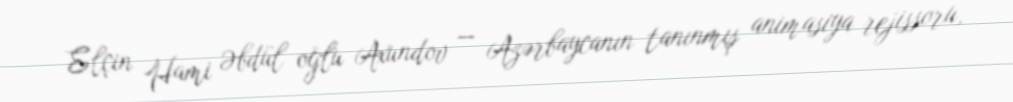
Elçin Hami Əbdül oğlu Axundov — Azərbaycanın tanınmış animasiya rejissoru,